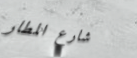
شارع المطار